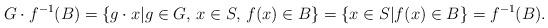
LaTeX: \begin{align*} G\cdot f^{-1}(B) & =\left\{g\cdot x \vert g\in G,\, x\in S,\, f(x)\in B\right\} =\left\{x\in S \vert f(x)\in B\right\} =f^{-1}(B). \end{align*}